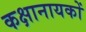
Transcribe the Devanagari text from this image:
कक्षानायकों